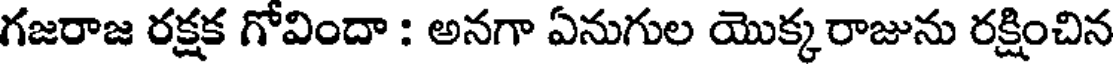
గజరాజ రక్షక గోవిందా : అనగా ఏనుగుల యొక్కరాజును రక్షించిన